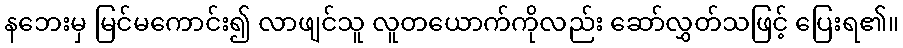
နဘေးမှ မြင်မကောင်း၍ လာဖျင်သူ လူတယောက်ကိုလည်း ဆော်လွှတ်သဖြင့် ပြေးရ၏။